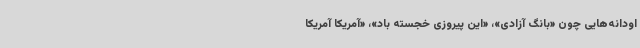
اودانه‌هایی چون «بانگ آزادی»، «این پیروزی خجسته باد»، «آمریکا آمریکا